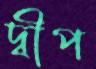
দ্বীপ